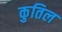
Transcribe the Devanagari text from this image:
कुतिल